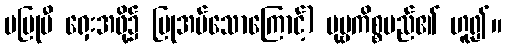
မပြုမီ ရှေးအဖို့၌ ပြုအပ်သောကြောင့်) ပုဗ္ဗကိစ္စမည်၏ ဟူ၍။